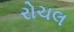
રોચલ